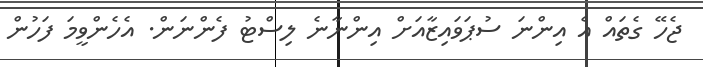
ޖެހޭ ގެތައް އެ އިންނަ ސުޕަވައިޒާއަަށް އިންނާނެ ލިސްޓު ފެންނަން. އެހެންވީމަ ފަހުން